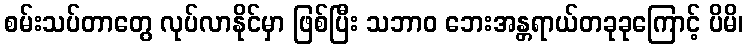
စမ်းသပ်တာတွေ လုပ်လာနိုင်မှာ ဖြစ်ပြီး သဘာဝ ဘေးအန္တရာယ်တခုခုကြောင့် ပိမိ၊